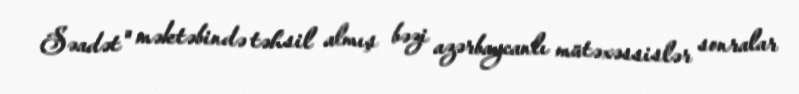
Səadət" məktəbində təhsil almış bəzi azərbaycanlı mütəxəssislər sonralar